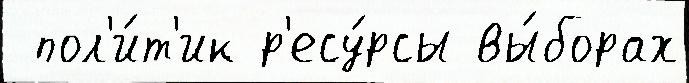
 пол'и́т'ик р'есу́рсы вы́борах